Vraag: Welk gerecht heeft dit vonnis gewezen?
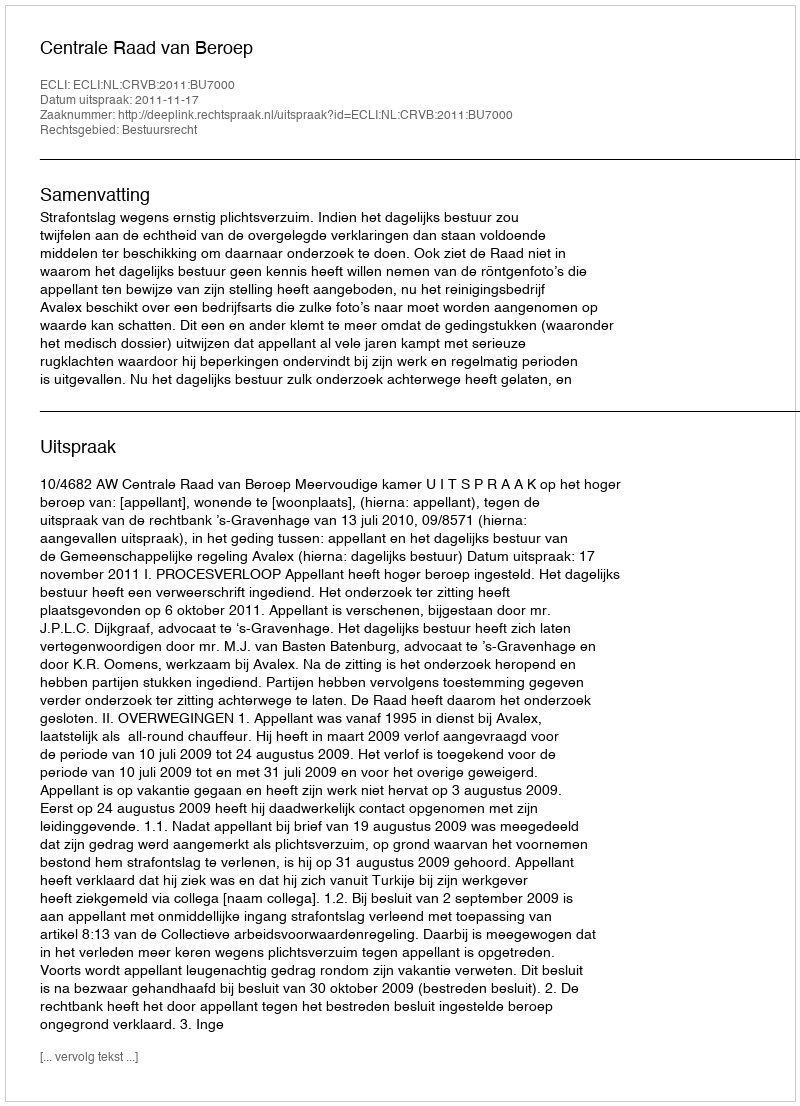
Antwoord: Centrale Raad van Beroep